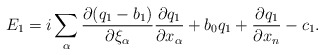
\begin{align*} E_1=i\sum_\alpha\frac{\partial (q_1-b_1)}{\partial \xi_\alpha}\frac{\partial q_1}{\partial x_\alpha}+b_0q_1+\frac{\partial q_1}{\partial x_n} - c_1. \end{align*}